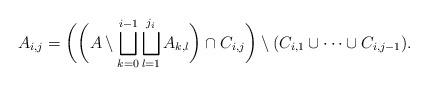
LaTeX: \begin{align*}A_{i,j} = \bigg(\bigg(A\setminus \bigsqcup_{k=0}^{i-1} \bigsqcup_{l=1}^{j_i} A_{k,l} \bigg) \cap C_{i,j} \bigg)\setminus (C_{i,1} \cup\cdots\cup C_{i,j-1} ) .\end{align*}